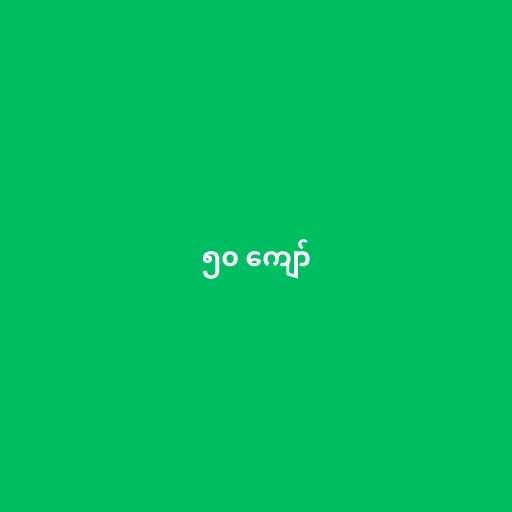
၅၀ ကျော်